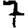
Digit: 7